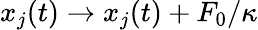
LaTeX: x_{j}(t)\rightarrow x_{j}(t)+F_{0}/\kappa